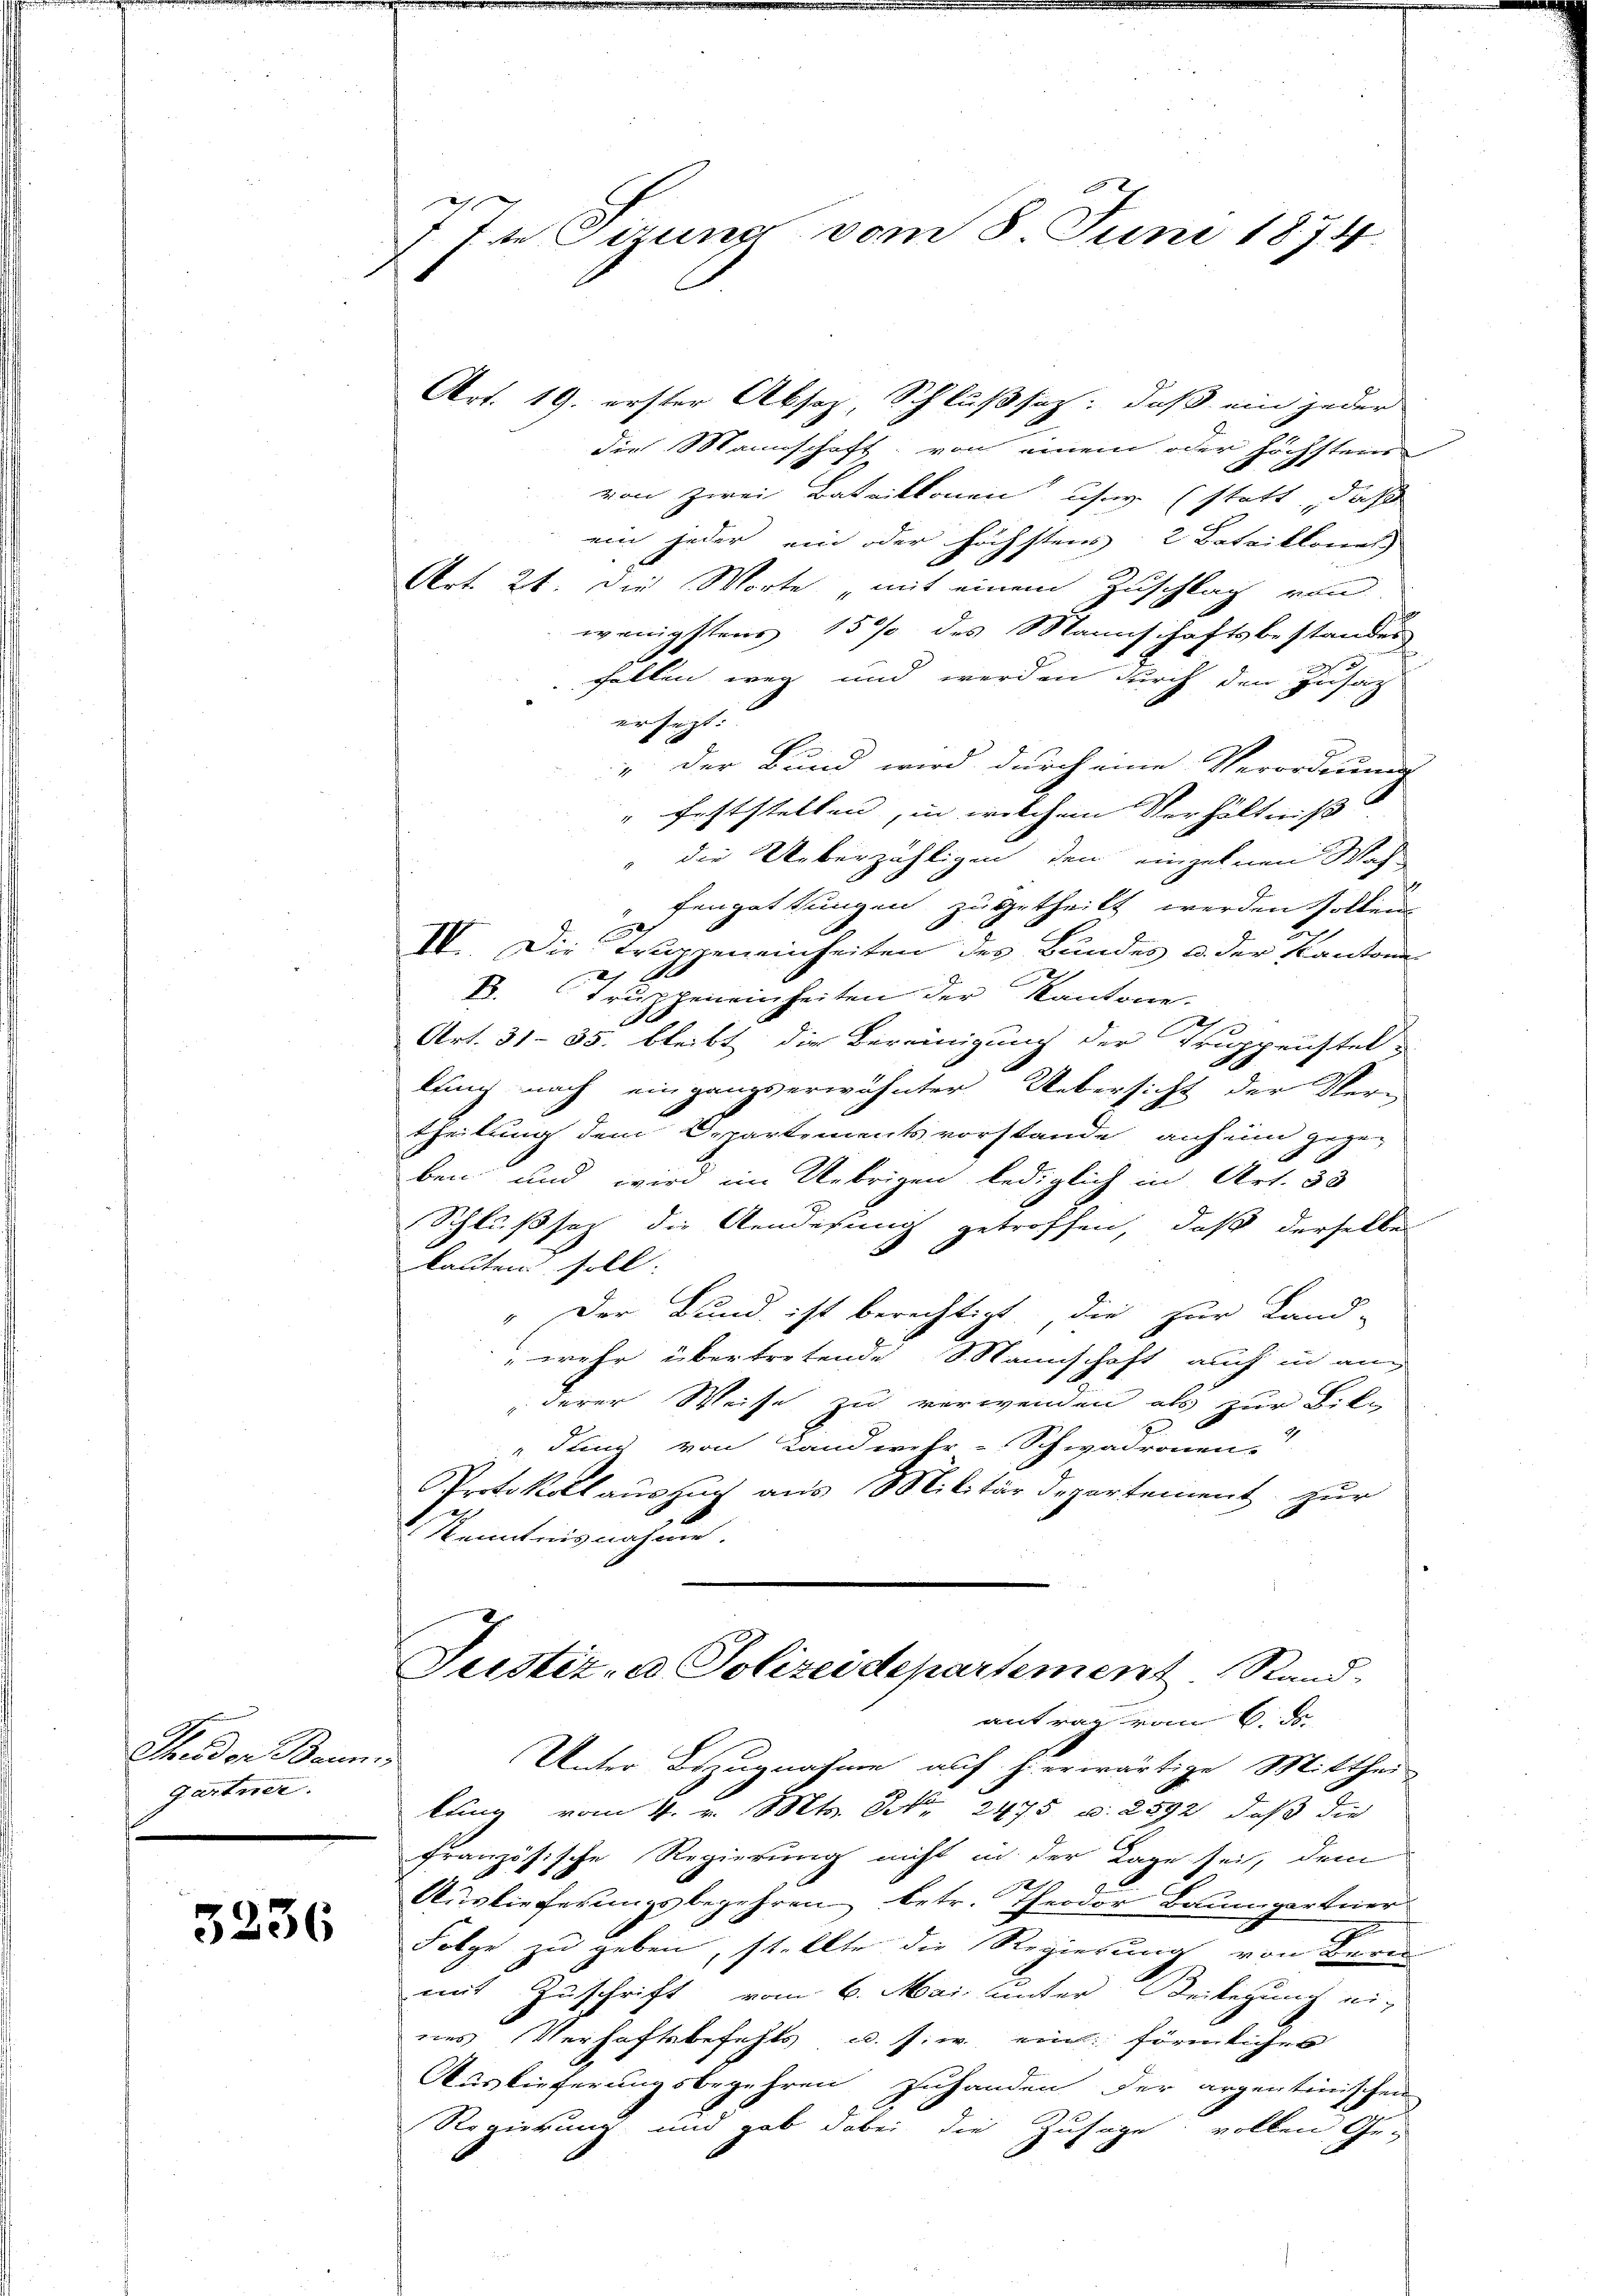
Ceder Bann
gartner.

3236

77t Firung vom 8. Juni 1874.

die Mannschaft: von einem oder höchsterer
von zwei Bataillonen user (statt, dieses
ein jeder ein oder höchstens 2 Bataillonet
Art. 21. Die Worte „mit einem Zuschlag von
wenigstens 15% des Mannschaftsbestandes
fallen weg und werden durch den Zusatz
ersezt:
" der Bund wird durch eine Verordnung
" feststellen, in welchen Verhältniß
" die Ueberzähligen den einzelnen Wah
fengattungen zugetheilt werden sollen.
IV. Die Truppeneinheiten des Bundes u. der Kantone
2
ich
. Tritteneinheiten der Kantone.
s
E
A
e
Art. 31–35. bleibt die Bereinigung der Truppenstel
lung nach eingangserwähnter Uebersicht der Ver-
theilung dem Departementsvorstande anheim gegen
ben und wird im Uebrigen lediglich in Art. 33
Schlußsatz die Aendesung getroffen, daß derselbe
lauten soll.
" Der Bund ist berechtigt, die zur Land-
" mehr übertretende Mannschaft auch in ang
derer Weise zu verwenden als zur Lite
J
dung von Landwehr-Schwadronen
Protokoll auszug aus Militärdepartement zur
Kenntnisnahme
Justiz- & Polizeidepartement. Stand
antrag von 6 F
cf
Unter Bezugnahme auf hierwärtige Mitthei-
lung vom 4. v. Mts. Nr. 2475 u. 2592, daß die
französische Regierung nicht in der Lage sei, dem
Auslieferungsbegehren betr. Theodor Baumgartner
g
Folge zu geben, stellte die Regierung von Bern
mit Zuschrift vom 6. Mai unter Beilegung ei-
nes Verhaftsbefehls u. s. w. ein förmliches
Auslieferungsbegehren zuhanden der argentinischen
Regierung und gab dabei die Zusage vollen Ge¬

Art. 19. erster Absoz Schlußsatz: daß ein jeder